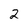
Character: 2